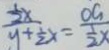
\frac { \frac { 1 } { 2 } x } { y + \frac { 1 } { 2 } x } = \frac { O C _ { 1 } } { \frac { 1 } { 2 } x }